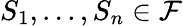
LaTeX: S_{1},...,S_{n}\in{\mathcal{F}}